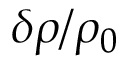
\delta \rho / \rho _ { 0 }